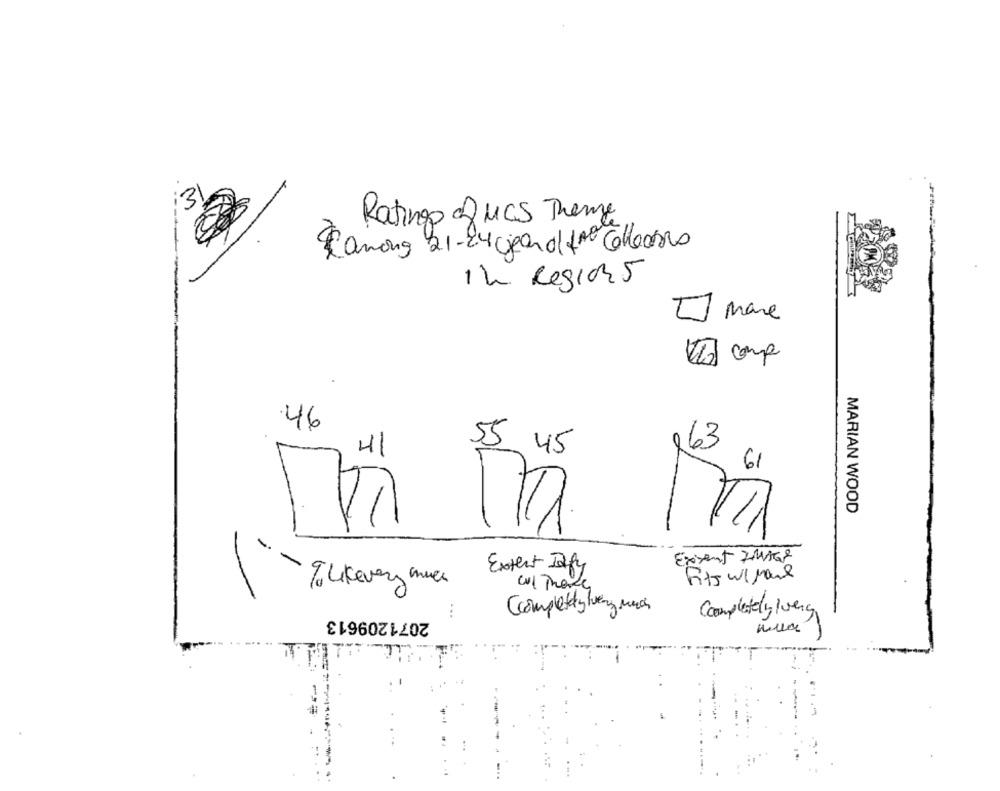
31
Ratings RMCS Theme
Canong 21-24 Card/ fre Collectes
1 h Region 5
mare
26 comp
46
163
41
55 45
61
MARIAN WOOD
Exisent IMAGE
-
Extent Iafy
Fits w/Mail
9 . Likevery me
Cul They
Completety lvery much
2071209613
...
Completely /veg
TI